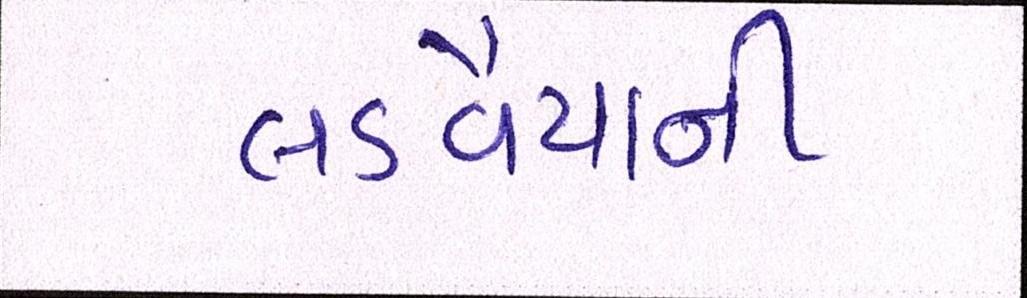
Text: લડવૈયાની